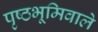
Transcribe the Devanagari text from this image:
पृष्ठभूमिवाले